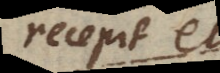
recepit et